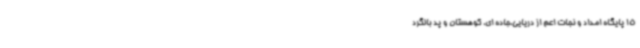
15 پایگاه امداد و نجات اعم از دریایی،جاده ای، کوهستان و پد بالگرد